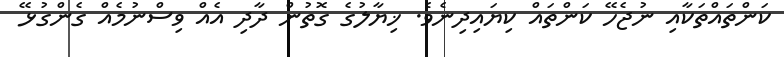
ކަންތައްތަކާއި ނުޖެހޭ ކަންތައް ކިޔައިދިނެވެ. ޚިޔާލުގެ ގޮތުން ދާދި އެއް ވިސްނުމެއް ގެންގުޅޭ